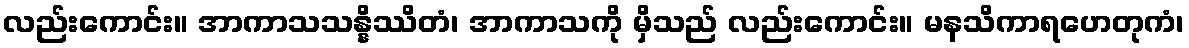
လည်းကောင်း။ အာကာသသန္နိဿိတံ၊ အာကာသကို မှိသည် လည်းကောင်း။ မနသိကာရဟေတုကံ၊